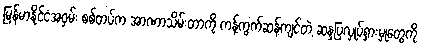
မြန်မာနိုင်ငံအဝှမ်း စစ်တပ်က အာဏာသိမ်းတာကို ကန့်ကွက်ဆန့်ကျင်တဲ့ ဆန္ဒပြလှုပ်ရှားမှုတွေကို